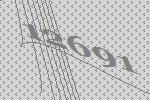
12691